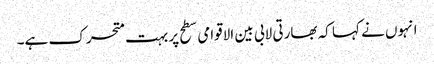
انہوں نے کہا کہ بھارتی لابی بین الاقوامی سطح پر بہت متحرک ہے۔